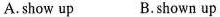
A.show up B.shown up